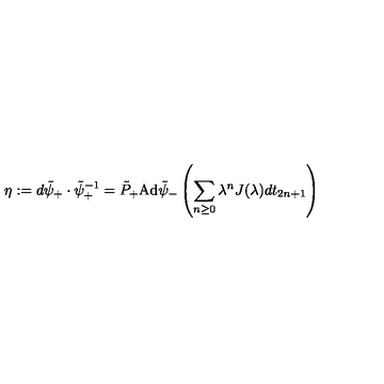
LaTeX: \eta : = d \tilde { \psi } _ { + } \cdot \tilde { \psi } _ { + } ^ { - 1 } = \tilde { P } _ { + } \mathrm { A d } \tilde { \psi } _ { - } \left( \sum _ { n \geq 0 } \lambda ^ { n } J ( \lambda ) d t _ { 2 n + 1 } \right)